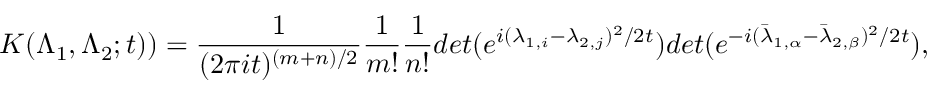
K ( \Lambda _ { 1 } , \Lambda _ { 2 } ; t ) ) = \frac { 1 } { ( 2 \pi i t ) ^ { ( m + n ) / 2 } } \frac { 1 } { m ! } \frac { 1 } { n ! } d e t ( e ^ { i ( \lambda _ { 1 , i } - \lambda _ { 2 , j } ) ^ { 2 } / 2 t } ) d e t ( e ^ { - i ( { \bar { \lambda } } _ { 1 , \alpha } - { \bar { \lambda } } _ { 2 , \beta } ) ^ { 2 } / 2 t } ) ,